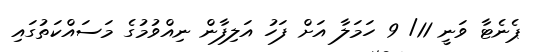
ޕެނެޓާ ވަނީ 11/ 9 ހަމަލާ އަށް ފަހު އަލިފާން ނިއްވުމުގެ މަސައްކަތުގައި